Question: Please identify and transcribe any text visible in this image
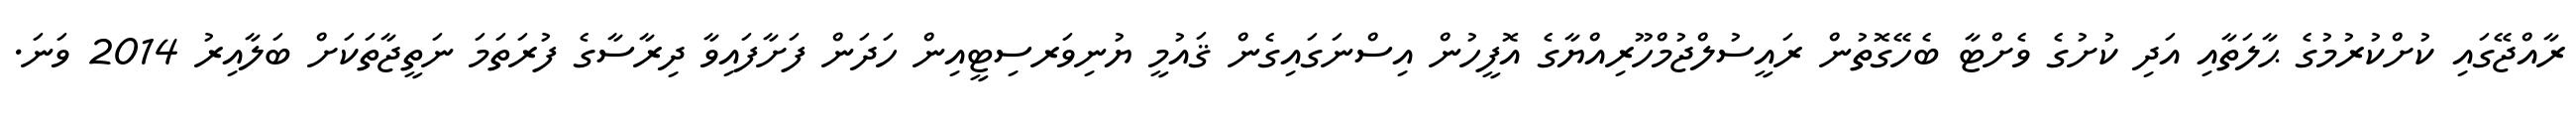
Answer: ރާއްޖޭގައި ކުށްކުރުމުގެ ޙާލަތާއި އަދި ކުށުގެ ވެށްޓާ ބެހޭގޮތުން ރައީސުލްޖުމްހޫރިއްޔާގެ އޮފީހުން އިސްނަގައިގެން ޤައުމީ ޔުނިވަރސިޓީއިން ހަދަން ފަށާފައިވާ ދިރާސާގެ ފުރަތަމަ ނަތީޖާތަކަށް ބަލާއިރު 2014 ވަނަ.